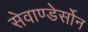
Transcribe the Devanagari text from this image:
सेवाण्डेर्सोन